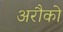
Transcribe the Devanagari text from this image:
अरौको